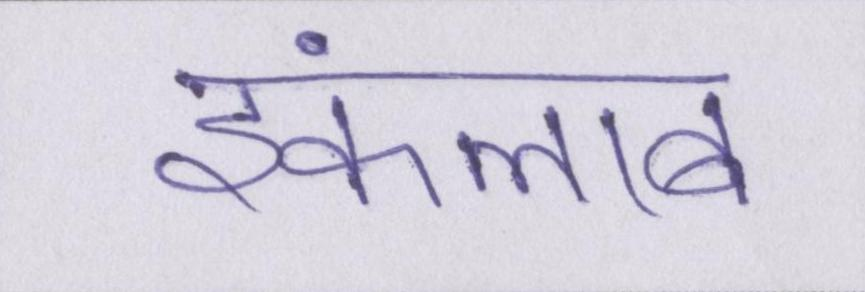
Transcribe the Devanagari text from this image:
इंकलाब